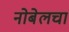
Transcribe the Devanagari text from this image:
नोबेलचा